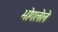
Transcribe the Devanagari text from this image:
भोगलेले